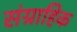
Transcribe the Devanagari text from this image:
संग्राहिक